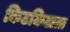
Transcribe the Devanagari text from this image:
किटकिटाता